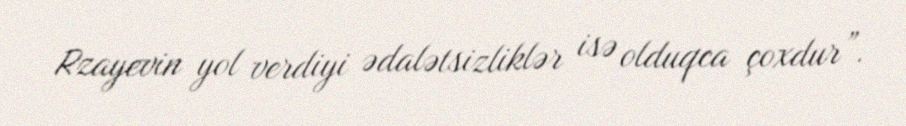
Rzayevin yol verdiyi ədalətsizliklər isə olduqca çoxdur”.